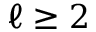
\ell \geq 2